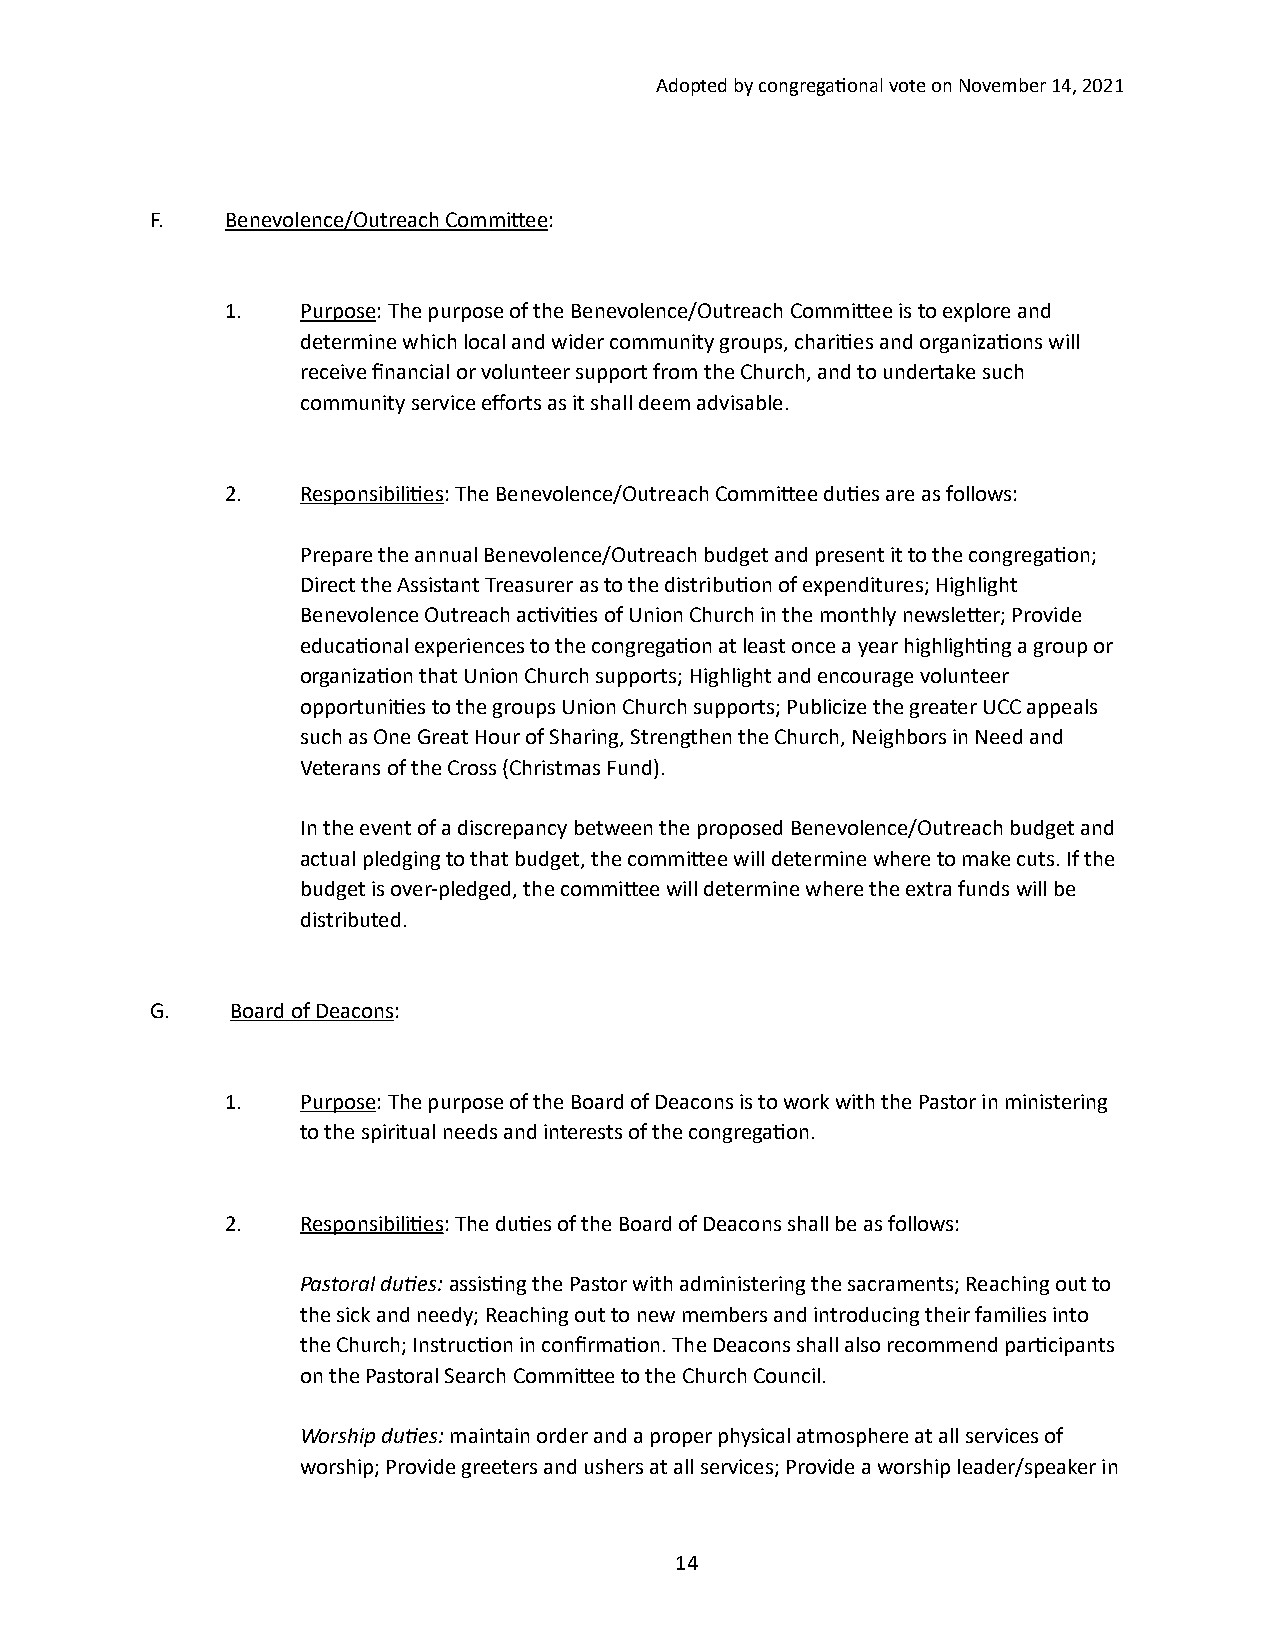
Adopted by congrega/onal vote on November 14, 2021
 F.   Benevolence/Outreach Commihee:
 1.   Purpose: The purpose of the Benevolence/Outreach Commihee is to explore and
 determine which local and wider community groups, chari/es and organiza/ons will
 receive financial or volunteer support from the Church, and to undertake such
 community service efforts as it shall deem advisable.
 2.   Responsibili/es: The Benevolence/Outreach Commihee du/es are as follows:
 Prepare the annual Benevolence/Outreach budget and present it to the congrega/on;
 Direct the Assistant Treasurer as to the distribu/on of expenditures; Highlight
 Benevolence Outreach ac/vi/es of Union Church in the monthly newsleher; Provide
 educa/onal experiences to the congrega/on at least once a year highligh/ng a group or
 organiza/on that Union Church supports; Highlight and encourage volunteer
 opportuni/es to the groups Union Church supports; Publicize the greater UCC appeals
 such as One Great Hour of Sharing, Strengthen the Church, Neighbors in Need and
 Veterans of the Cross (Christmas Fund).
 In the event of a discrepancy between the proposed Benevolence/Outreach budget and
 actual pledging to that budget, the commihee will determine where to make cuts. If the
 budget is over-pledged, the commihee will determine where the extra funds will be
 distributed.
 G.   Board of Deacons:
 1.   Purpose: The purpose of the Board of Deacons is to work with the Pastor in ministering
 to the spiritual needs and interests of the congrega/on.
 2.   Responsibili/es: The du/es of the Board of Deacons shall be as follows:
 Pastoral du2es: assis/ng the Pastor with administering the sacraments; Reaching out to
 the sick and needy; Reaching out to new members and introducing their families into
 the Church; Instruc/on in confirma/on. The Deacons shall also recommend par/cipants
 on the Pastoral Search Commihee to the Church Council.
 Worship du2es: maintain order and a proper physical atmosphere at all services of
 worship; Provide greeters and ushers at all services; Provide a worship leader/speaker in
 14